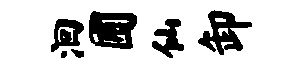
洄圃仙卸